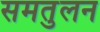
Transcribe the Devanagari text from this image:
समतुलन